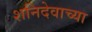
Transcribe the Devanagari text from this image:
शनिदेवाच्या